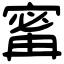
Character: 寗